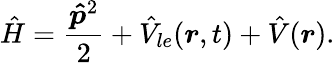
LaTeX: \hat{H}=\frac{\boldsymbol{\hat{p}}^{2}}{2}+\hat{V}_{le}(\boldsymbol{r},t)+\hat{V}(\boldsymbol{r}).